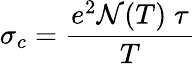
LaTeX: \sigma_{c}=\frac{e^{2}\mathcal{N}(T)\; \tau}{T}